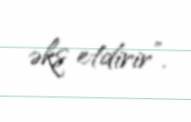
əks etdirir”.